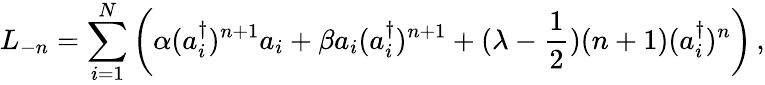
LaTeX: L_{-n}=\sum_{i=1}^{N}\left(\alpha(a_{i}^{\dagger})^{n+1}a_{i}+\beta a_{i}(a_{i}^{\dagger})^{n+1}+(\lambda-{\frac{1}{2}})(n+1)(a_{i}^{\dagger})^{n}\right)\, ,